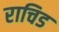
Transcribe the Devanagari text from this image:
राचिड